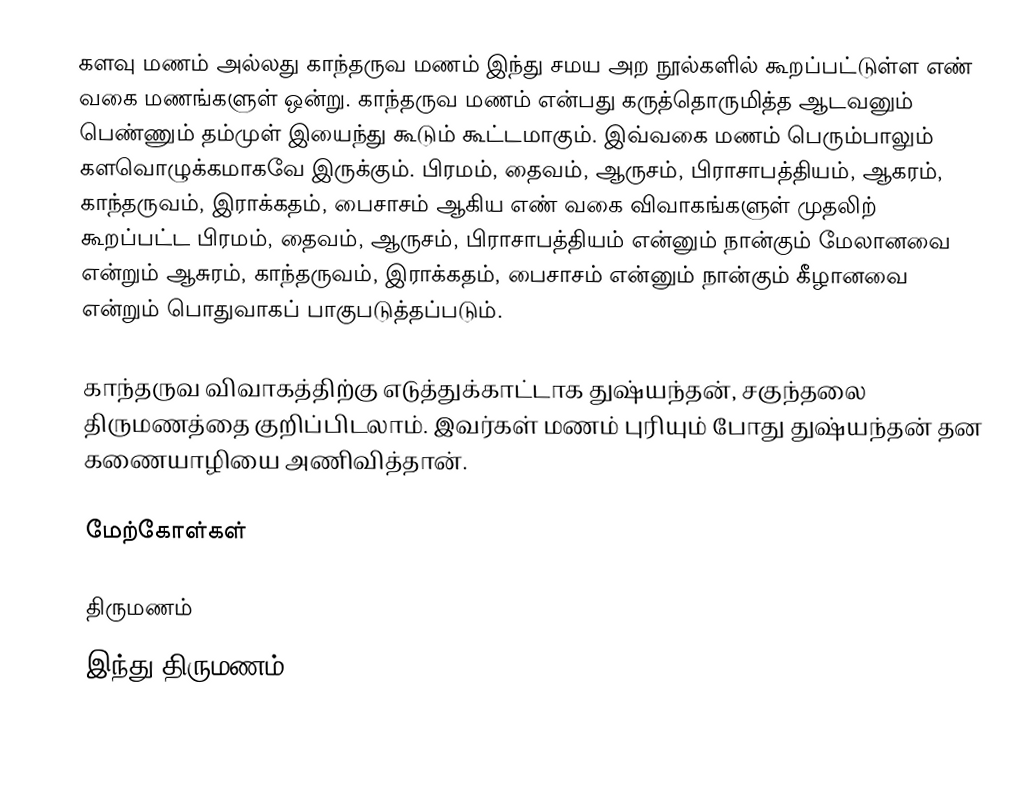
களவு மணம் அல்லது காந்தருவ மணம் இந்து  சமய அற நூல்களில் கூறப்பட்டுள்ள எண் வகை மணங்களுள் ஒன்று. காந்தருவ மணம் என்பது கருத்தொருமித்த ஆடவனும் பெண்ணும் தம்முள் இயைந்து கூடும் கூட்டமாகும். இவ்வகை மணம் பெரும்பாலும் களவொழுக்கமாகவே இருக்கும். பிரமம், தைவம், ஆருசம், பிராசாபத்தியம், ஆகரம், காந்தருவம், இராக்கதம், பைசாசம் ஆகிய எண் வகை விவாகங்களுள் முதலிற் கூறப்பட்ட பிரமம், தைவம், ஆருசம், பிராசாபத்தியம் என்னும் நான்கும் மேலானவை என்றும் ஆசுரம், காந்தருவம், இராக்கதம், பைசாசம் என்னும் நான்கும் கீழானவை என்றும் பொதுவாகப் பாகுபடுத்தப்படும்.

காந்தருவ விவாகத்திற்கு எடுத்துக்காட்டாக துஷ்யந்தன், சகுந்தலை திருமணத்தை குறிப்பிடலாம். இவர்கள் மணம் புரியும் போது துஷ்யந்தன் தன கணையாழியை அணிவித்தான்.

மேற்கோள்கள்

திருமணம்
இந்து திருமணம்